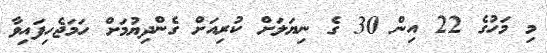
މި މަހުގެ 22 އިން 30 ގެ ނިޔަލަށް ކުރިއަށް ގެންދިޔުމަށް ހަމަޖެހިފައިވާ